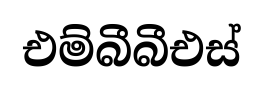
එම්බීබීඑස්